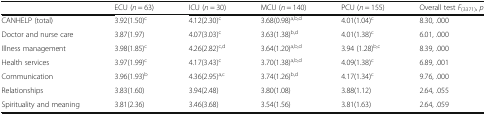
|  | ECU (n = 63) | ICU (n = 30) | MCU (n = 140) | PCU (n = 155) | Overall test F(3371), p |
 | --- | --- | --- | --- | --- | --- |
 | CANHELP (total) | 3.92(1.50)c | 4.12(2.30)c | 3.68(0.98)a,b,d | 4.01(1.04)c | 8.30, .000 |
 | Doctor and nurse care | 3.87(1.97) | 4.07(3.03)c | 3.63(1.38)b,d | 4.01(1.38)c | 6.01, .000 |
 | Illness management | 3.98(1.85)c | 4.26(2.82)c,d | 3.64(1.20)a,b,d | 3.94 (1.28)b,c | 8.39, .000 |
 | Health services | 3.97(1.99)c | 4.17(3.43)c | 3.70(1.38)a,b,d | 4.09(1.38)c | 6.89, .001 |
 | Communication | 3.96(1.93)b | 4.36(2.95)a,c | 3.74(1.26)b,d | 4.17(1.34)c | 9.76, .000 |
 | Relationships | 3.83(1.60) | 3.94(2.48) | 3.80(1.08) | 3.88(1.12) | 2.64, .055 |
 | Spirituality and meaning | 3.81(2.36) | 3.46(3.68) | 3.54(1.56) | 3.81(1.63) | 2.64, .059 |